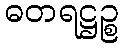
ဓတရဋ္ဌဉ္စ